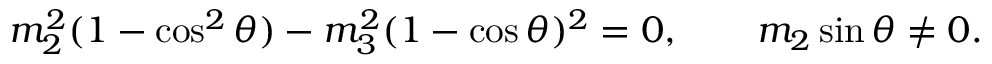
\begin{array} { r } { m _ { 2 } ^ { 2 } ( 1 - \cos ^ { 2 } \theta ) - m _ { 3 } ^ { 2 } ( 1 - \cos \theta ) ^ { 2 } = 0 , \qquad m _ { 2 } \sin \theta \ne 0 . } \end{array}